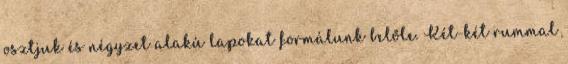
osztjuk és négyzet alakú lapokat formálunk belőle. Két-két rummal